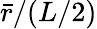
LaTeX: \bar{r}/(L/2)